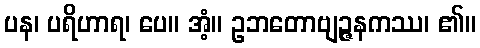
ပန၊ ပရိဟာရ၊ ပေ။ အံ့။ ဥဘတောဗျဉ္ဇနကဿ၊ ၏။